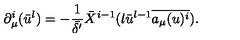
\partial _ { \mu } ^ { i } ( \bar { u } ^ { l } ) = - \frac { 1 } { \bar { \delta ^ { \prime } } } \bar { X } ^ { i - 1 } ( l \bar { u } ^ { l - 1 } \overline { { a _ { \mu } ( u ) ^ { i } } } ) .